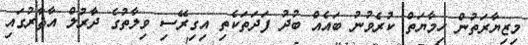
މިޒިޔާރަތުން ހިމާޔަތް ކުރެވުނު ބައެއް ބުދު ފަދަތަކެތި އިގިރޭސި ވިލާތުގެ ދާރުލް އާޘާރުގައި